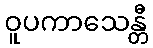
ဝူပကာသေန္တီ